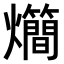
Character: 𤓃